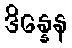
ဒိန္နေန